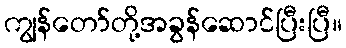
ကျွန်တော်တို့အခွန်ဆောင်ပြီးပြီ။